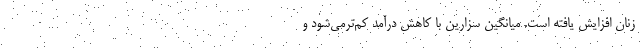
زنان افزایش یافته است. میانگین سزارین با کاهش درآمد کم‌ترمی‌شود و